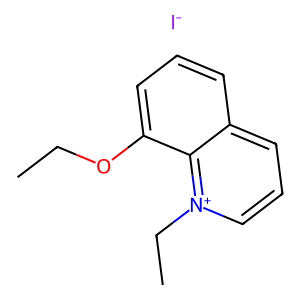
SMILES: CCOc1cccc2ccc[n+](CC)c12.[I-]
Inhibits HIV replication: No